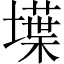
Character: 𡑢